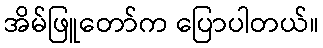
အိမ်ဖြူတော်က ပြောပါတယ်။